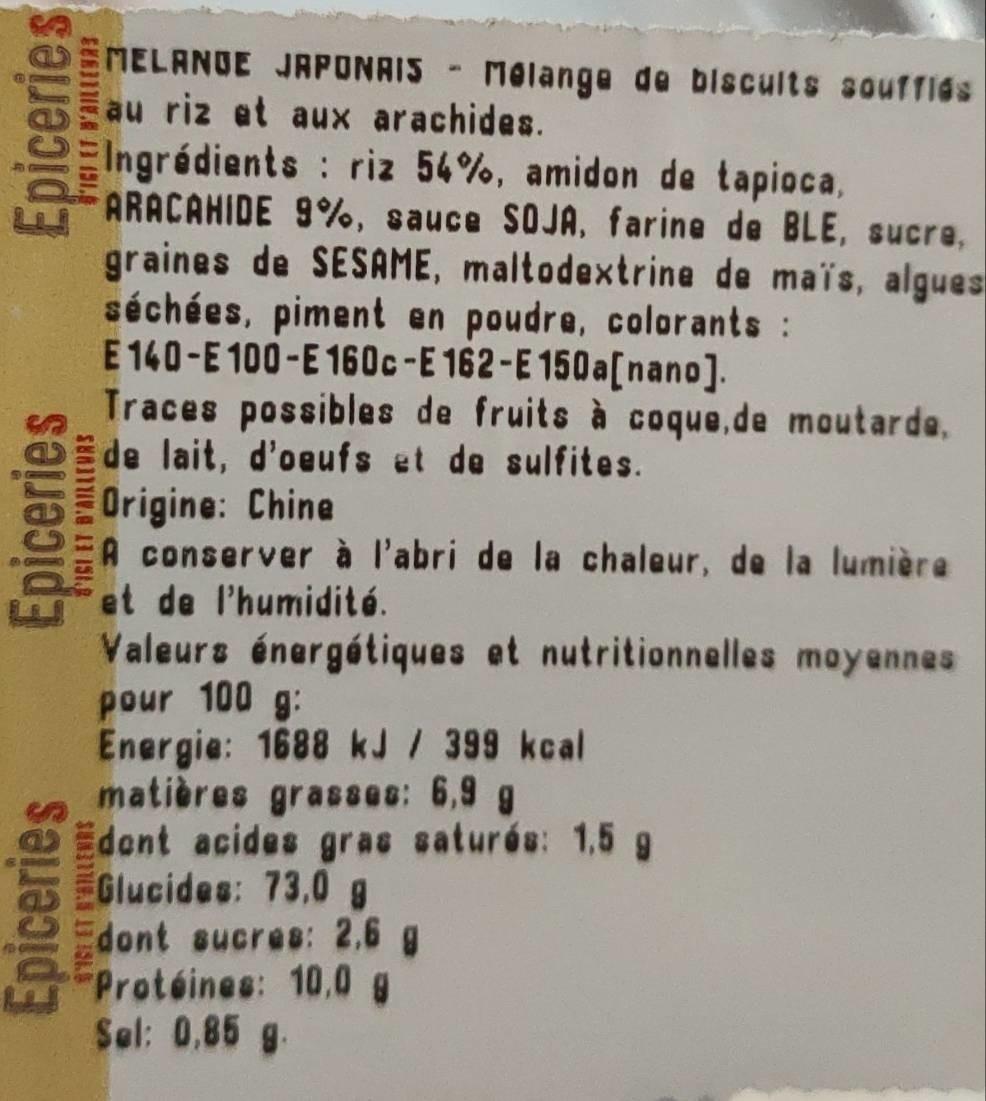
Epiceries
Epiceries
Epiceries
EXARITIE, A3 151.9
MELANGE JAPONAIS - Melange de biscuits souffies au riz et aux arachides.
Ingrédients: riz 54%, amidon de tapioca, ARACAHIDE 9%, sauce SOJA, farine de BLE, sucre, graines de SESAME, maltodextrine de maïs, algues séchées, piment en poudre, colorants : E 140-E 100-E 160c-E 162-E150a[nano].
Traces possibles de fruits à coque, de moutarde. de lait, d'oeufs et de sulfites. Origine: Chine
A conserver à l'abri de la chaleur, de la lumière et de l'humidité.
Valeurs énergétiques et nutritionnelles moyennes pour 100 g:
Energie: 1688 kJ / 399 kcal matières grasses: 6,9 g Edont acides gras saturés: 1.5 g Glucides: 73,0 g Edont sucres: 2.6 g Protéines: 10,0 g Sel: 0,85 g.